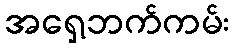
အရှေ့ဘက်ကမ်း